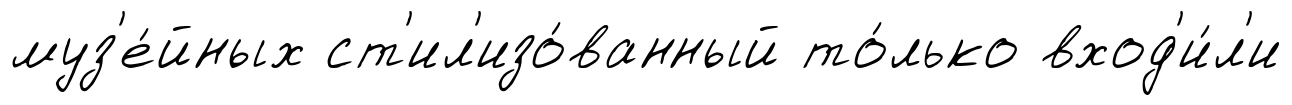
муз'е́йных ст'ил'изо́ванный то́лько вход'и́л'и